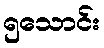
၅သောင်း